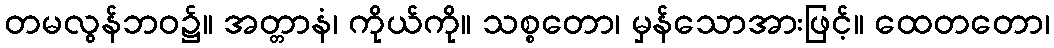
တမလွန်ဘဝ၌။ အတ္တာနံ၊ ကိုယ်ကို။ သစ္စတော၊ မှန်သောအားဖြင့်။ ထေတတော၊